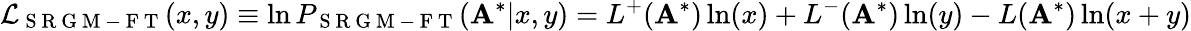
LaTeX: \mathcal{L}_{\mathrm{~S~R~G~M~-~F~T~}}(x,y)\equiv\ln P_{\mathrm{~S~R~G~M~-~F~T~}}(\mathbf{A}^{*}|x,y)=L^{+}(\mathbf{A}^{*})\ln(x)+L^{-}(\mathbf{A}^{*})\ln(y)-L(\mathbf{A}^{*})\ln(x+y)